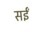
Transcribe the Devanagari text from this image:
सईं